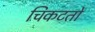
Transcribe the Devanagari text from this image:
चिकटतो